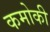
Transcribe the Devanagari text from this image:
कमोकी